Vaccine operations Central Provinces 1900-1911 - 1900-1911
Year: 1900
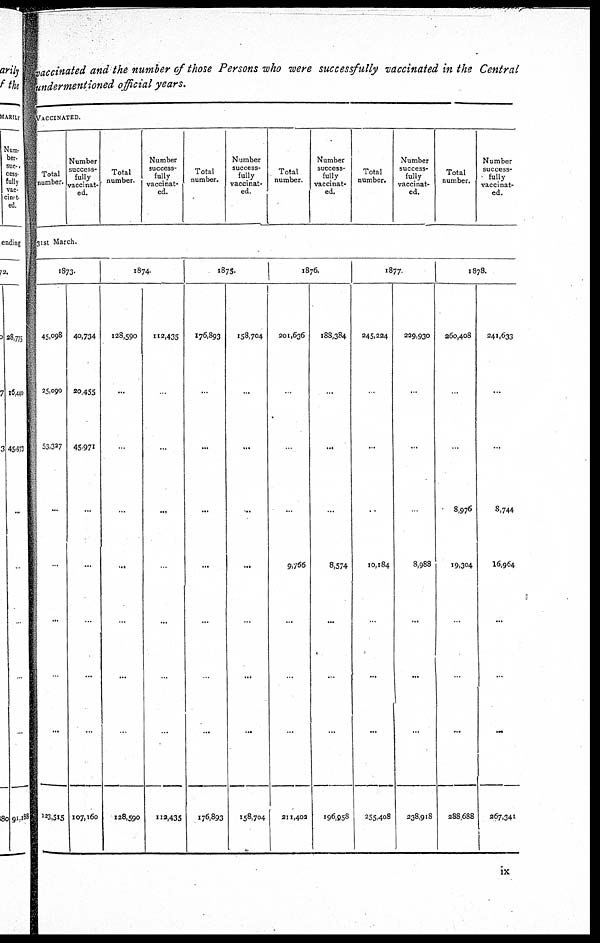
vaccinated and the number of those Persons who were successfully vaccinated in the Central
undermentioned official years.
VACCINATED.
Total
number.
Number
success¬
fully
vaccinat-
ed.
Total
number.
Number
success-
fully
vaccinat-
ed.
Total
number.
Number
success-
fully
vaccinat-
ed.
Total
number.
Number
success-
fully
vaccinat-
ed.
Total
number.
Number
success-
fully
vaccinat-
ed.
Total
number.
Number
success-
fully
vaccinat-
ed.
31st March.
1873.
45,098
25,090
53,337
...
...
...
...
...
123,515
40,734
20,455
45,971
...
...
...
...
...
107,160
1874.
128,590
...
...
...
...
...
...
...
128,590
112,435
...
...
...
...
...
...
...
112,435
1875.
176,893
...
...
...
...
...
...
...
176,893
158,704
...
...
...
...
...
...
...
158,704
1876.
201,636
...
...
...
9,766
...
...
...
211,402
188,384
...
...
...
8,574
...
...
...
196,958
1877.
245,224
...
...
...
10,184
...
...
...
255,408
229,930
...
...
...
8,988
...
...
...
238,918
1878.
260,408
...
...
8,976
19,304
...
...
...
288,688
241,633
...
...
8,744
16,964
...
...
...
267,341
ix